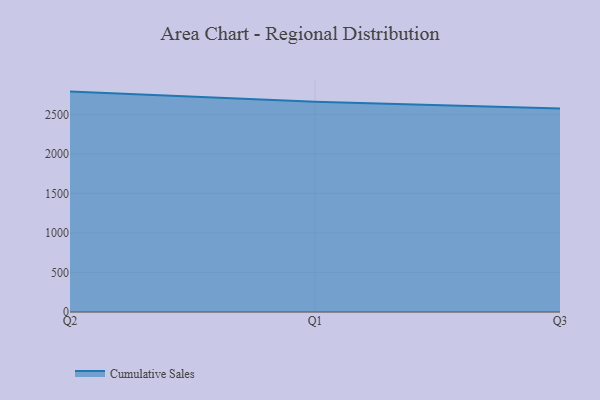
{"axis": {"x": "Quarter", "y": "LTV (USD)"}, "legend": ["Cumulative Sales"], "data": [{"x": "Q2", "y": 2789.1, "type": "Cumulative Sales"}, {"x": "Q1", "y": 2660.6, "type": "Cumulative Sales"}, {"x": "Q3", "y": 2574.5, "type": "Cumulative Sales"}]}